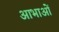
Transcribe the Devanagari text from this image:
आभाओं